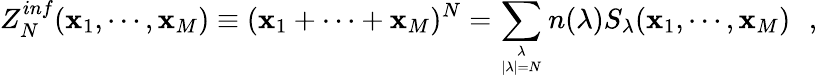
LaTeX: Z_{N}^{inf}(\mathbf{x}_{1},\cdots,\mathbf{x}_{M})\equiv(\mathbf{x}_{1}+\cdots+\mathbf{x}_{M})^{N}=\sum_{{\lambda\atop|\lambda|=N}}n(\lambda)S_{\lambda}(\mathbf{x}_{1},\cdots,\mathbf{x}_{M})\, \, \, \, ,